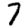
Digit: 7